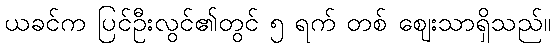
ယခင်က ပြင်ဦးလွင်၏တွင် ၅ ရက် တစ် ဈေးသာရှိသည်။